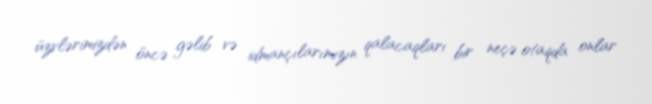
üzvlərimizdən öncə gəlib və idmançılarımızın qalacaqları bir neçə otaqda onlar